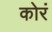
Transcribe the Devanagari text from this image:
कोरं